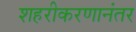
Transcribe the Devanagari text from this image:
शहरीकरणानंतर